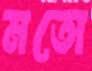
মতো